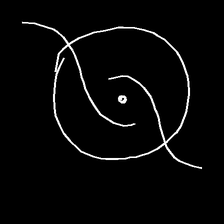
Glyph: repetition